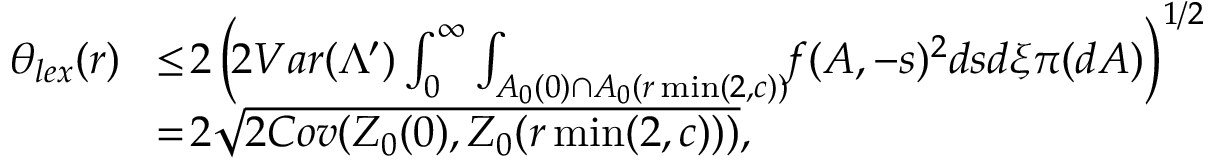
\begin{array} { r l } { \theta _ { l e x } ( r ) \! } & { \leq \! 2 \left( \! 2 V a r ( \Lambda ^ { \prime } ) \int _ { 0 } ^ { \infty } \int _ { A _ { 0 } ( 0 ) \cap A _ { 0 } ( r \operatorname* { m i n } ( 2 , c ) ) } \! \! f ( A , - s ) ^ { 2 } d s d \xi \pi ( d A ) \right) ^ { 1 / 2 } } \\ & { = \! 2 \sqrt { 2 C o v ( \boldsymbol { Z } _ { 0 } ( 0 ) , \boldsymbol { Z } _ { 0 } ( r \operatorname* { m i n } ( 2 , c ) ) ) } , } \end{array}